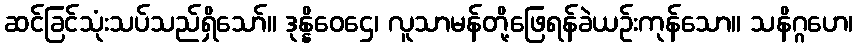
ဆင်ခြင်သုံးသပ်သည်ရှိသော်။ ဒုန္နိဝေဌေ၊ လူသာမန်တို့ဖြေရန်ခဲယဉ်းကုန်သော။ သနိဂ္ဂဟေ၊